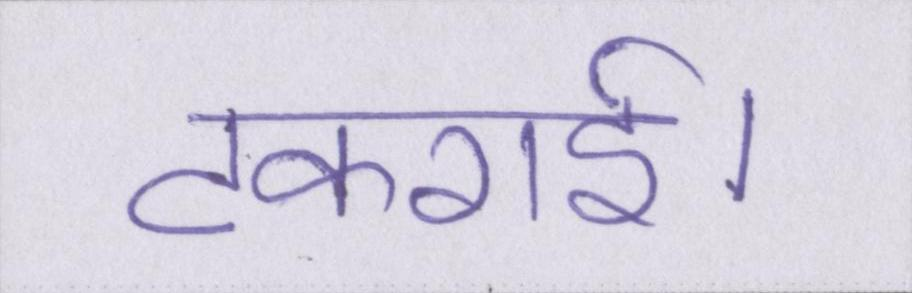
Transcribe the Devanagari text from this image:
टकराई।